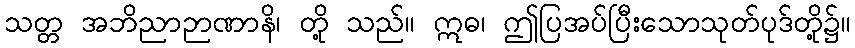
သတ္တ အဘိညာဉာဏာနိ၊ တို့ သည်။ ဣဓ၊ ဤပြအပ်ပြီးသောသုတ်ပုဒ်တို့၌။